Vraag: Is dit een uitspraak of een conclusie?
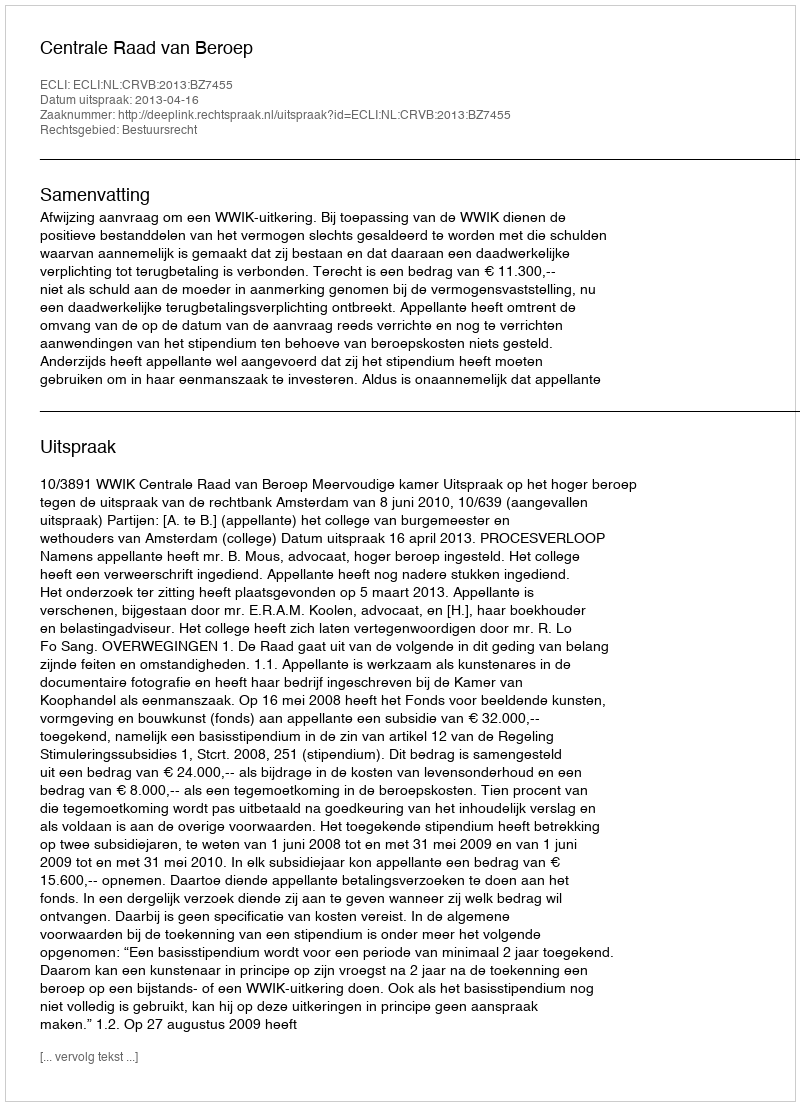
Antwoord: Uitspraak